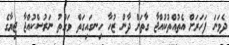
ދެވަނަ ފަހަރަށް އެތުއްތުކުއްޖާ ގާތަށް ދާން ޒުހާ ހިނގައިގަތް ވަގުތު ނަރުސްކުއްޖާ ޖިޔާގެ